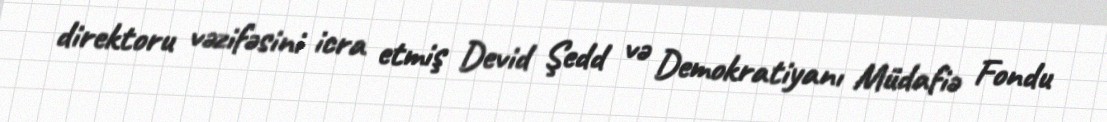
direktoru vəzifəsini icra etmiş Devid Şedd və Demokratiyanı Müdafiə Fondu